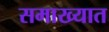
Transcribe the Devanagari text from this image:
समाख्यात